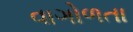
વાગોળતા